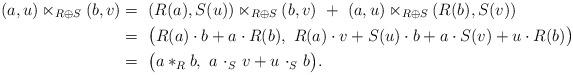
LaTeX: \begin{align*}(a , u) \ltimes_{R \oplus S} (b, v) =~& (R(a), S(u)) \ltimes_{R \oplus S} (b, v) ~+~ (a, u) \ltimes_{R \oplus S} (R(b), S(v)) \\=~& \big( R(a) \cdot b + a \cdot R(b),~ R(a) \cdot v + S(u) \cdot b + a \cdot S(v) + u \cdot R(b) \big) \\=~& \big( a \ast_R b,~ a ~{\cdot}_S~ v + u ~{\cdot}_S ~ b \big).\end{align*}